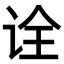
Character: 诠